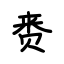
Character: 赉